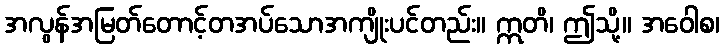
အလွန်အမြတ်တောင့်တအပ်သောအကျိုးပင်တည်း။ ဣတိ၊ ဤသို့။ အဝေါစ၊